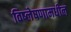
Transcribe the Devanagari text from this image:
विष्लेषणामधील